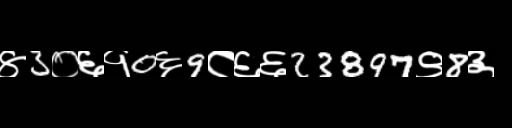
Text: ४3०६१0६9८६६23897९8३